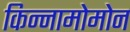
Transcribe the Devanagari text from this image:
किन्नामोमोन